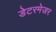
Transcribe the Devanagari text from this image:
डेटरमेजर